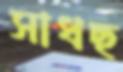
সাধছ